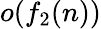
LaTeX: o(f_{2}(n))